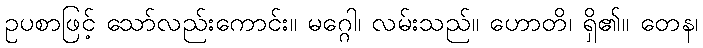
ဥပစာဖြင့် သော်လည်းကောင်း။ မဂ္ဂေါ၊ လမ်းသည်။ ဟောတိ၊ ရှိ၏။ တေန၊